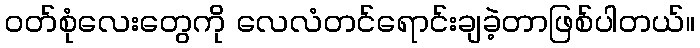
ဝတ်စုံလေးတွေကို လေလံတင်ရောင်းချခဲ့တာဖြစ်ပါတယ်။